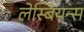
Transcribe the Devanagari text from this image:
लेस्बियन्स